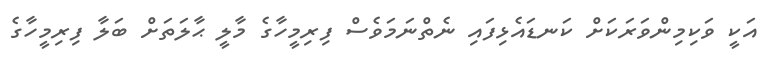
އަކީ ވަކިމިންވަރަކަށް ކަނޑައެޅިފައި ނެތްނަމަވެސް ފިރިމީހާގެ މާލީ ޙާލަތަށް ބަލާ ފިރިމީހާގެ